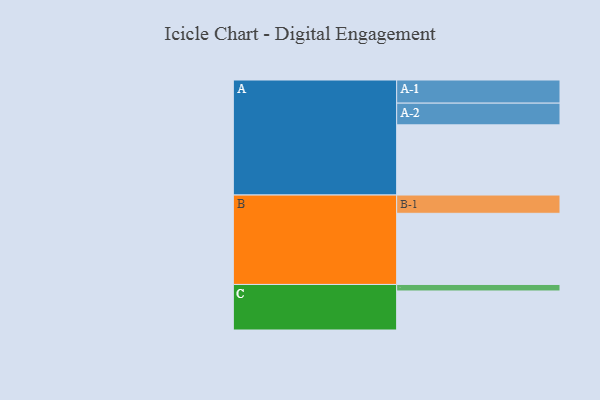
{"axis": {"x": "Segment", "y": "Value"}, "legend": ["", "A", "B", "C"], "data": [{"x": "A", "y": 592, "type": ""}, {"x": "B", "y": 600, "type": ""}, {"x": "C", "y": 329, "type": ""}, {"x": "A-1", "y": 195, "type": "A"}, {"x": "A-2", "y": 183, "type": "A"}, {"x": "B-1", "y": 154, "type": "B"}, {"x": "C-1", "y": 55, "type": "C"}]}